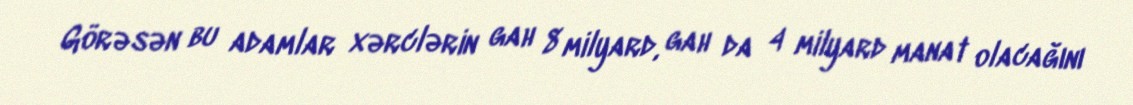
Görəsən bu adamlar xərclərin gah 8 milyard, gah da 4 milyard manat olacağını